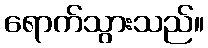
ရောက်သွားသည်။